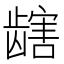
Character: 𫜯